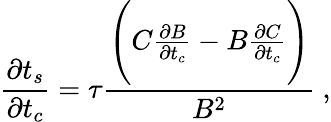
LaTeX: \frac{\partial t_{s}}{\partial t_{c}}=\tau\frac{\Bigg(C\frac{\partial B}{\partial t_{c}}-B\frac{\partial C}{\partial t_{c}}\Bigg)}{B^{2}}~,